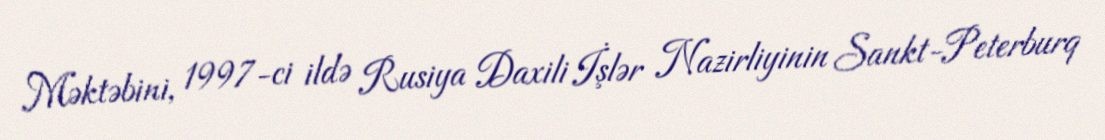
Məktəbini, 1997-ci ildə Rusiya Daxili İşlər Nazirliyinin Sankt-Peterburq